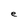
Character: e